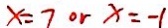
x = 7 o r x = - 1